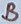
Text: B